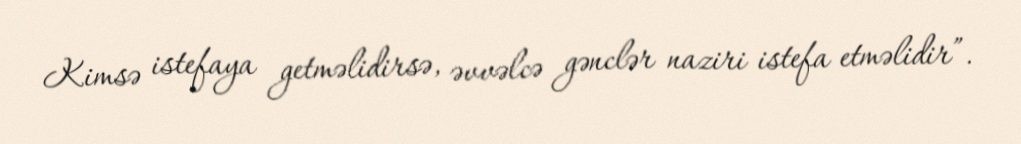
Kimsə istefaya getməlidirsə, əvvəlcə gənclər naziri istefa etməlidir”.